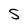
Character: S